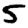
Digit: 5